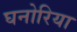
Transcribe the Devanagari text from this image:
घनोरिया